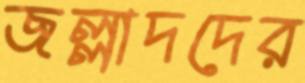
জল্লাদদের